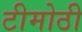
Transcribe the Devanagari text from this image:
टीमोठी